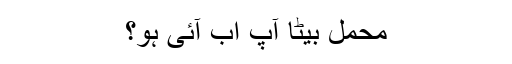
محمل بیٹا آپ اب آئی ہو؟